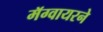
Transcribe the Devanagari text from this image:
मॅग्वायरने